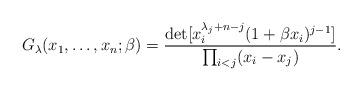
LaTeX: \begin{align*}{G}_\lambda (x_1,\dots, x_n;\beta)=\frac{\det[x_i^{\lambda_j+n-j} (1+\beta x_i)^{j-1} ]}{\prod_{i<j} (x_i-x_j)}.\end{align*}